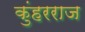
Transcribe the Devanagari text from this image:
कुंहरराज